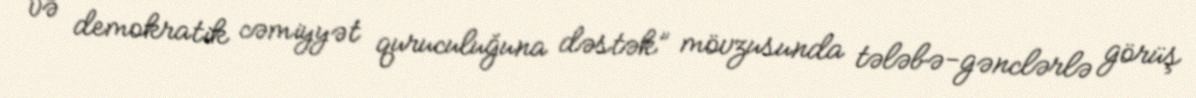
və demokratik cəmiyyət quruculuğuna dəstək” mövzusunda tələbə-gənclərlə görüş